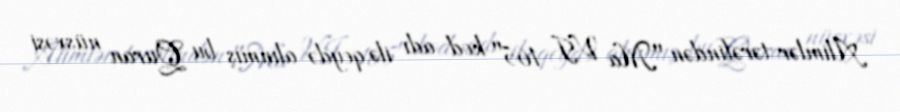
Alimlər tərəfindən "Ma VI 165" kod adı ilə qeydə alınmış bu Quran nüsxəsi